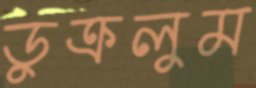
ডুক্‌রলুম